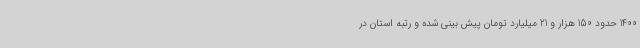
1400 حدود 150 هزار و 21 میلیارد تومان پیش بینی شده و رتبه استان در